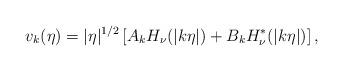
LaTeX: \begin{align*}v_k(\eta)=|\eta|^{1/2}\left[A_k H_\nu(|k \eta|) +B_k H^*_\nu(|k\eta|)\right],\end{align*}